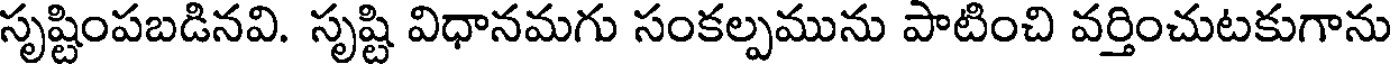
సృష్టింపబడినవి. సృష్టి విధానమగు సంకల్పమును పాటించి వర్తించుటకుగాను